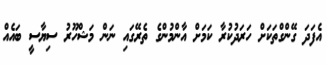
އެފަދަ ގޭންގްތަކަށް ހަރަދުކުރާ ކަމަށް އާންމުންގެ ތެރޭގައި ނަން މަޝްހޫރު ސިޔާސީ ބައެއް